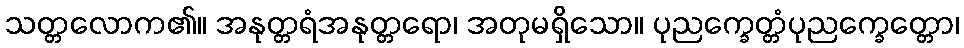
သတ္တလောက၏။ အနုတ္တရံအနုတ္တရော၊ အတုမရှိသော။ ပုညက္ခေတ္တံပုညက္ခေတ္တော၊